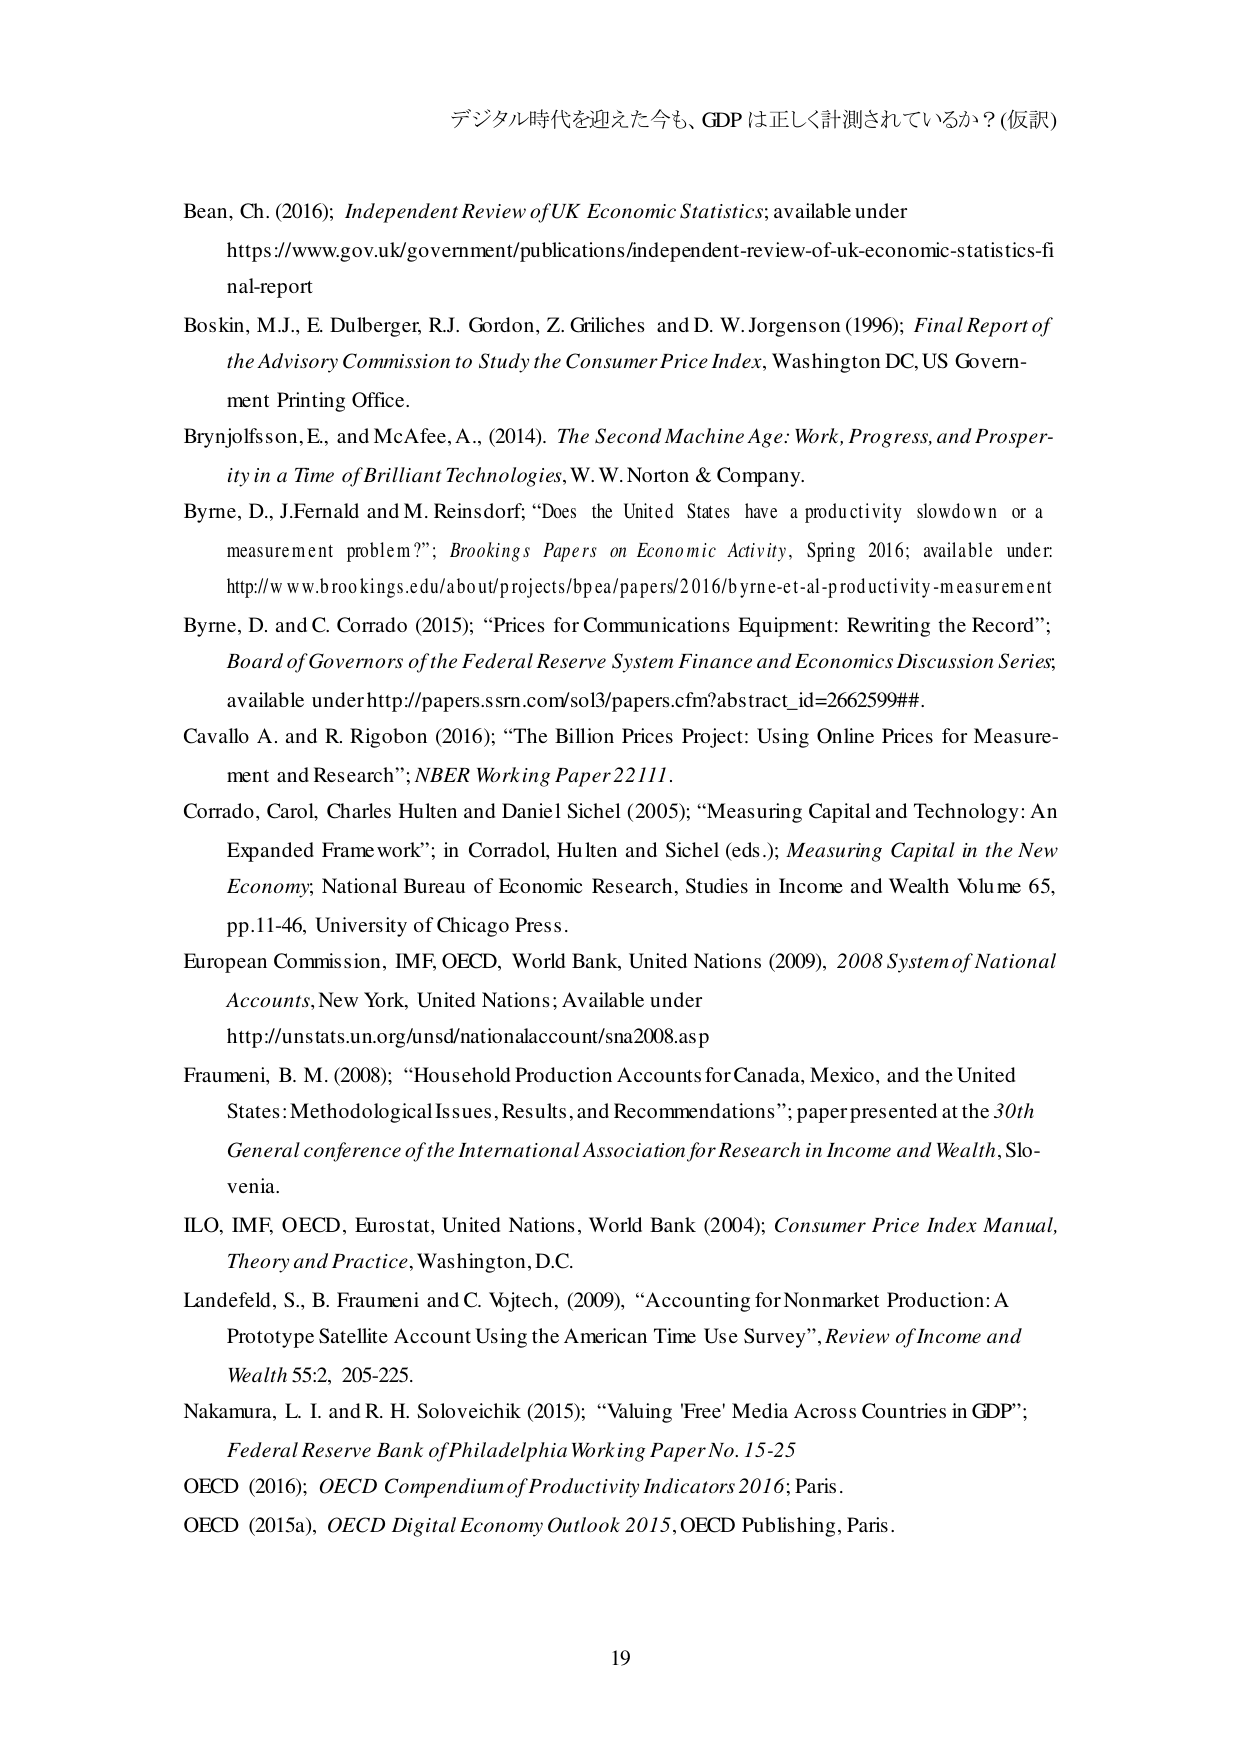
デジタル時代を迎えた今も、GDPは正しく計測されているか？(仮訳)

Bean, Ch. (2016); Independent Review of UK Economic Statistics; available under
https://www.gov.uk/government/publications/independent-review-of-uk-economic-statistics-final-report

Boskin, M.J., E. Dulberger, R.J. Gordon, Z. Griliches and D. W. Jorgenson (1996); Final Report of the Advisory Commission to Study the Consumer Price Index, Washington DC, US Government Printing Office.

Brynjolfsson, E., and McAfee, A., (2014). The Second Machine Age: Work, Progress, and Prosperity in a Time of Brilliant Technologies, W. W. Norton & Company.

Byrne, D., J. Fernald and M. Reinsdorf; “Does the United States have a productivity slowdown or a measurement problem?”; Brookings Papers on Economic Activity, Spring 2016; available under: http://www.brookings.edu/about/projects/bpea/papers/2016/byrne-et-al-productivity-measurement

Byrne, D. and C. Corrado (2015); “Prices for Communications Equipment: Rewriting the Record”; Board of Governors of the Federal Reserve System Finance and Economics Discussion Series; available under http://papers.ssrn.com/sol3/papers.cfm?abstract_id=2662599##.

Cavallo A. and R. Rigobon (2016); “The Billion Prices Project: Using Online Prices for Measurement and Research”; NBER Working Paper 22111.

Corrado, Carol, Charles Hulten and Daniel Sichel (2005); “Measuring Capital and Technology: An Expanded Framework”; in Corrado, Hulten and Sichel (eds.); Measuring Capital in the New Economy; National Bureau of Economic Research, Studies in Income and Wealth Volume 65, pp.11-46, University of Chicago Press.

European Commission, IMF, OECD, World Bank, United Nations (2009), 2008 System of National Accounts, New York, United Nations; Available under http://unstats.un.org/unsd/nationalaccount/sna2008.asp

Fraumeni, B. M. (2008); “Household Production Accounts for Canada, Mexico, and the United States: Methodological Issues, Results, and Recommendations”; paper presented at the 30th General conference of the International Association for Research in Income and Wealth, Slovenia.

ILO, IMF, OECD, Eurostat, United Nations, World Bank (2004); Consumer Price Index Manual, Theory and Practice, Washington, D.C.

Lanefeld, S., B. Fraumeni and C. Vojtech, (2009), “Accounting for Nonmarket Production: A Prototype Satellite Account Using the American Time Use Survey”, Review of Income and Wealth 55:2, 205-225.

Nakamura, L. I. and R. H. Soloveichik (2015); “Valuing 'Free' Media Across Countries in GDP”; Federal Reserve Bank of Philadelphia Working Paper No. 15-25

OECD (2016); OECD Compendium of Productivity Indicators 2016; Paris.

OECD (2015a), OECD Digital Economy Outlook 2015, OECD Publishing, Paris.

19